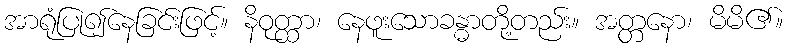
အာရုံပြု၍နေခြင်းဖြင့်။ နိဝုတ္ထာ၊ နေဖူးသောခန္ဓာတို့တည်း။ အတ္တနော၊ မိမိ၏။